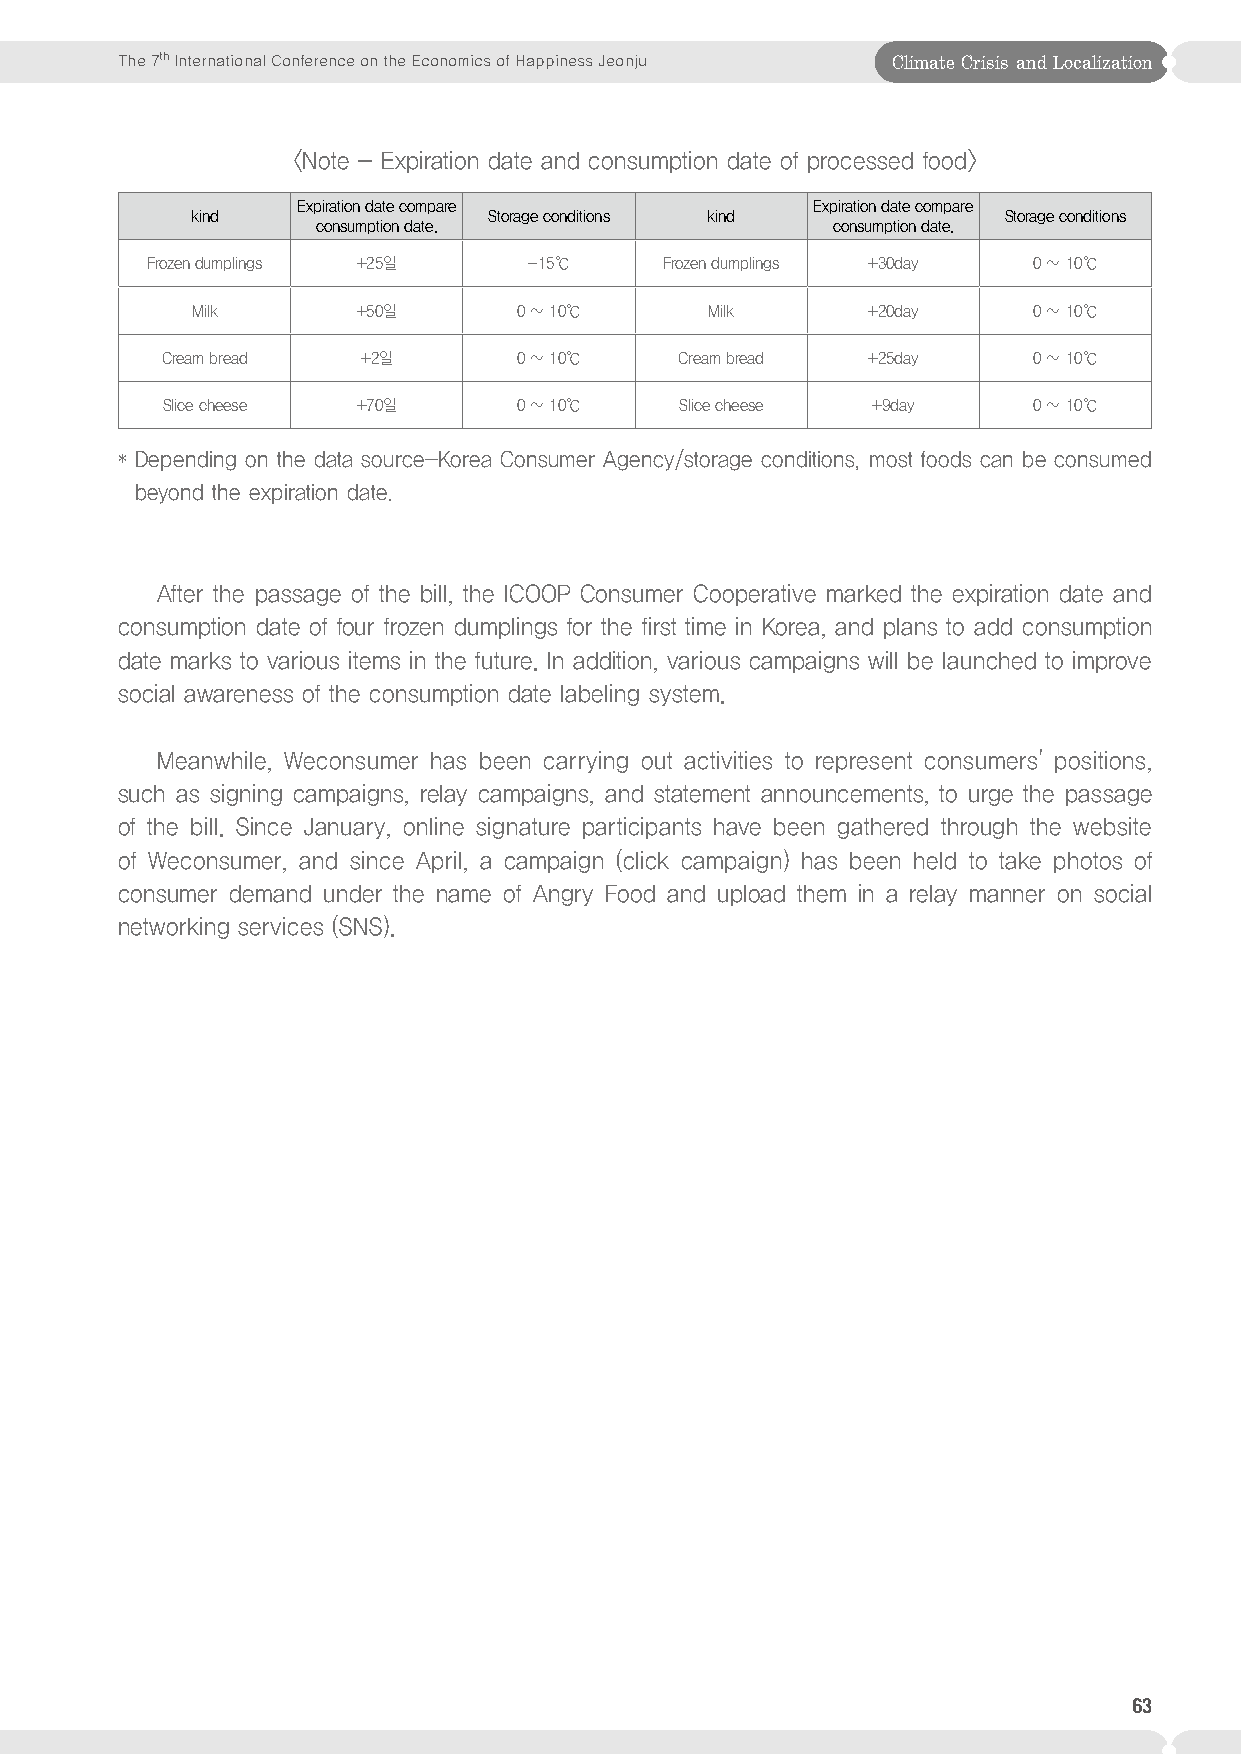
The 7th International Conference on the Economics of Happiness Jeonju Climate Crisis and Localization
 <Note - Expiration date and consumption date of processed food>
 Expiration date compare           Expiration date compare
 kind               Storage conditions kind           Storage conditions
 consumption date.                 consumption date.
 Frozen dumplings +25일    -15℃     Frozen dumplings +30day 0 ~ 10℃
 Milk       +50일      0 ~ 10℃      Milk      +20day     0 ~ 10℃
 Cream bread  +2일       0 ~ 10℃    Cream bread +25day     0 ~ 10℃
 Slice cheese +70일      0 ~ 10℃    Slice cheese +9day     0 ~ 10℃
 Depending on the data source-Korea Consumer Agency/storage conditions, most foods can be consumed
 *
 beyond the expiration date.
 After the passage of the bill, the ICOOP Consumer Cooperative marked the expiration date and
 consumption date of four frozen dumplings for the first time in Korea, and plans to add consumption
 date marks to various items in the future. In addition, various campaigns will be launched to improve
 social awareness of the consumption date labeling system.
 Meanwhile, Weconsumer has been carrying out activities to represent consumers' positions,
 such as signing campaigns, relay campaigns, and statement announcements, to urge the passage
 of the bill. Since January, online signature participants have been gathered through the website
 of Weconsumer, and since April, a campaign (click campaign) has been held to take photos of
 consumer demand under the name of Angry Food and upload them in a relay manner on social
 networking services (SNS).
 63